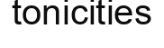
tonicities